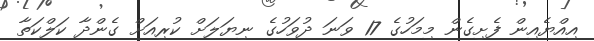
އިއްޔެއިން ފެށިގެން މިމަހުގެ 17 ވަނަ ދުވަހުގެ ނިޔަލަށް ކުރިއަށް ގެންދާ ކަލްކަތާ